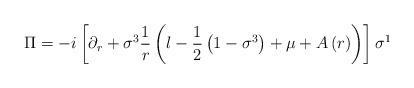
LaTeX: \begin{align*}\Pi =-i\left[ \partial _{r}+\sigma ^{3}\frac{1}{r}\left( l-\frac{1}{2}\left(1-\sigma ^{3}\right) +\mu +A\left( r\right) \right) \right] \sigma ^{1}\end{align*}